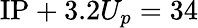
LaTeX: \mathrm{IP}+3.2U_{p}=34